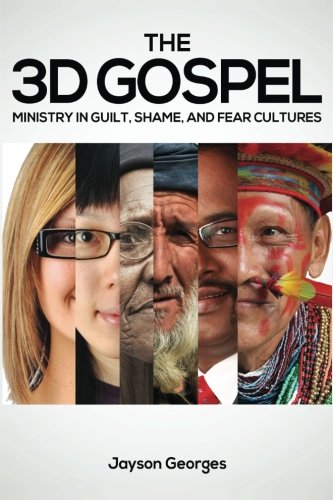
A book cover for The 3D Gospel: Ministry in Guilt, Shame, and Fear Cultures; Jayson Georges; Christian Books & Bibles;